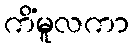
ကိံမူလကာ